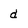
Character: d